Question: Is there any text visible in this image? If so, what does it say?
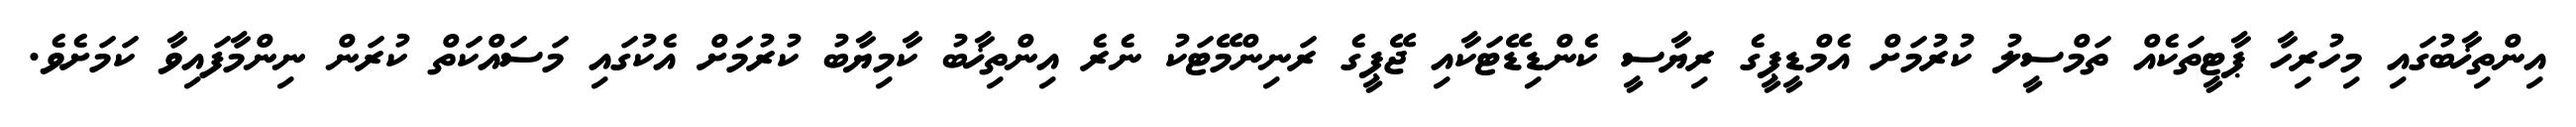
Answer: އިންތިޚާބުގައި މިހުރިހާ ޕާޓީތަކެއް ތަމްސީލު ކުރުމަށް އެމްޑީޕީގެ ރިޔާސީ ކެންޑިޑޭޓަކާއި ޖޭޕީގެ ރަނިންމޭޓަކު ނެރެ އިންތިޚާބު ކާމިޔާބު ކުރުމަށް އެކުގައި މަސައްކަތް ކުރަން ނިންމާފައިވާ ކަމަށެވެ.